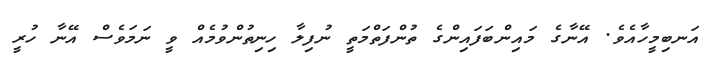
އަނބިމީހާއެވެ. އޭނާގެ މައިންބަފައިންގެ ތުންފަތްމަތީ ނުފިލާ ހިނިތުންވުމެއް ވީ ނަމަވެސް އޭނާ ހުރީ